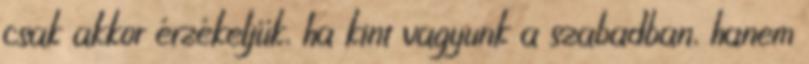
csak akkor érzékeljük, ha kint vagyunk a szabadban, hanem